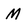
Character: M